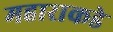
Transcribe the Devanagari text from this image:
महाराकडे